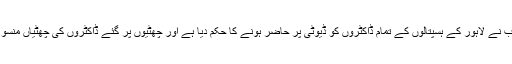
حکومت پنجاب نے لاہور کے ہسپتالوں کے تمام ڈاکٹروں کو ڈیوٹی پر حاضر ہونے کا حکم دیا ہے اور چھٹیوں پر گئے ڈاکٹروں کی چھٹیاں منسوخ کر دی ہیں۔